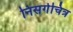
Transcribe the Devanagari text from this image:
निसर्गचित्र